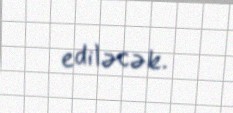
ediləcək.